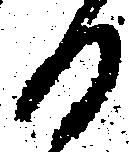
日